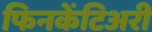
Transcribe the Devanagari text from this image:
फिनकेंटिअरी